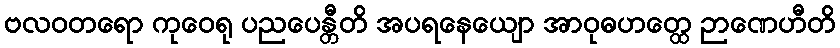
ဗလဝတရော ကုဝေရု ပညပေန္တီတိ အပရနေယျော အာဝုဓဟတ္ထေ ဉာဏေဟီတိ